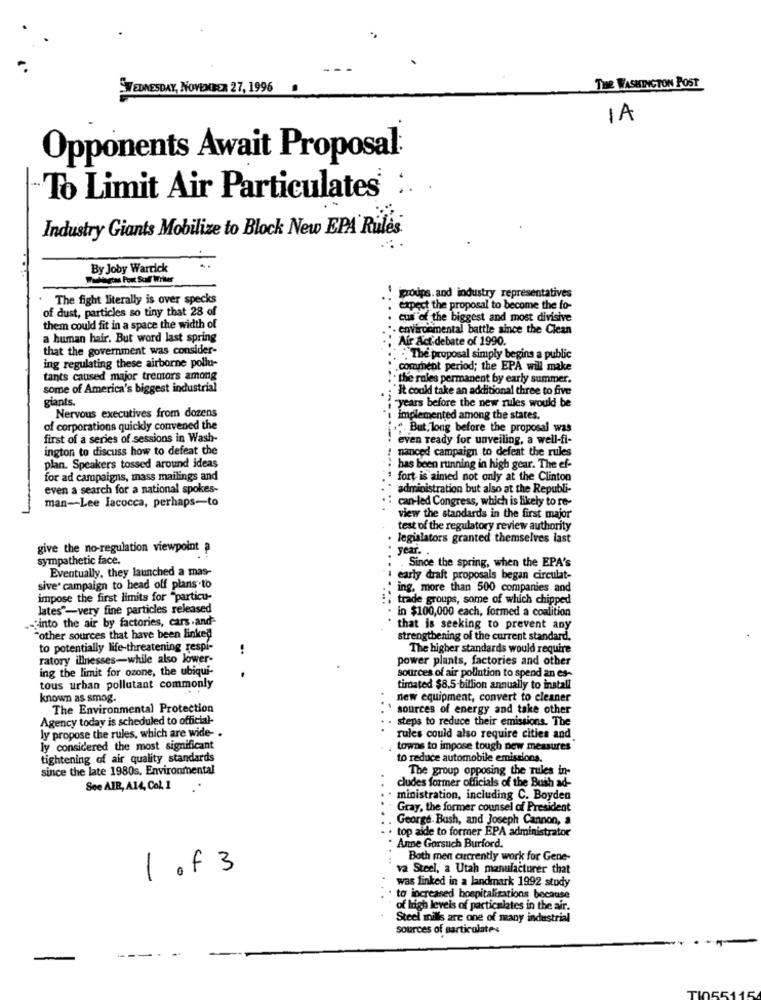
WEDNESDAY, NOVEMBER 27, 1996
THE WASHINGTON POST
IA
Opponents Await Proposal:
To Limit Air Particulates :. .
Industry Giants Mobilize to Block New EPA Rules
By Joby Warrick
The fight literally is over specks
iproups. and industry representatives
of dust, particles so tiny that 28 of
expect the proposal to become the fo-
cus of the biggest and most divisive
them could fit in a space the width of
environmental battle since the Clean
a human hair. But word last spring
Air Act debate of 1990.
that the government was consider-
The proposal simply begins a public
ing regulating these airborne pollu-
comment period; the EPA will make
tants caused major tremors among
· the rules permanent by early summer.
some of America's biggest industrial
It could take an additional three to five
giants.
years before the new rules would be
Nervous executives from dozens
implemented among the states.
of corporations quickly convened the
.. But, long before the proposal was
first of a series of sessions in Wash-
even ready for unveiling, a well-fi-
ington to discuss how to defeat the
namnced campaign to defeat the rules
plan. Speakers tossed around ideas
: has been running in high gear. The ef-
for ad campaigns, mass mailings and
fort is aimed not only at the Clinton
even a search for a national spokes-
administration but also at the Republi-
man-Lee Iacocca, perhaps-to
can-led Congress, which is likely to re-
view the standards in the first major
test of the regulatory review authority
. legislators granted themselves last
give the no-regulation viewpoint a
year ..
sympathetic face.
Eventually, they launched a mas-
Since the spring, when the EPA's
early draft proposals began circulat-
sive' campaign to head off plans to
: ing, more than 500 companies and
impose the first limits for "particu-
trade groups, some of which chipped
lates"-very fine particles released
.- "into the air by factories, cars-and-
· in $100,000 each, formed a coalition
that is seeking to prevent any
"other sources that have been linked
strengthening of the current standard.
to potentially life-threatening respi-
The higher standards would require
ratory illnesses-while also lower-
power plants, factories and other
ing the limit for ozone, the ubiqui-
sources of air pollution to spend an es-
tous urban pollutant commonly
timated $8,5-billion annually to install
known as smog.
new equipment, convert to cleaner
The Environmental Protection
sources of energy and take other
Agency today is scheduled to official-
- steps to reduce their emissions. The
ly propose the rules, which are wide- .
rules could also require cities and.
ly considered the most significant
towns to impose tough new measures
tightening of air quality standards
to reduce automobile emissions.
since the late 1980s. Environmental
The group opposing the rules in-
See AIR, A14, Col. 1
cludes former officials of the Bush ad-
ministration, including C. Boyden
Gray, the former counsel of President
George Bush, and Joseph Cannon, a
· top aide to former EPA administrator
Anne Gorsuch Burford.
Both men currently work for Gene-
1 of 3
va Steel, a Utah manufacturer that
was linked in a landmark 1992 study
to increased hospitalizations because
of high levels of particulates in the air.
Steel mills are one of many industrial
sources of sarticulates